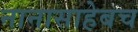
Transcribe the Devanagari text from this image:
नानासाहेबच